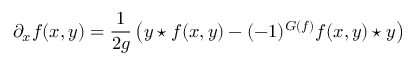
\partial _ { x } f ( x , y ) = \frac { 1 } { 2 g } \left( y \star f ( x , y ) - ( - 1 ) ^ { G ( f ) } f ( x , y ) \star y \right)